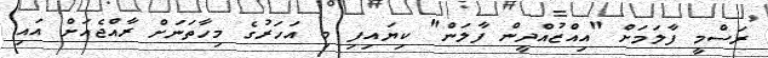
ރަސްމީ ފާލަމަށް "އިއްޒުއްދީން ފާލަން" ކިޔައިފި މި އަހަރުގެ މިހާތަނަށް ރާއްޖެއަށް އައި